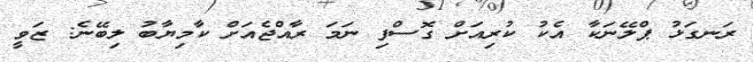
ރަނގަޅު ޕްލޭނަކާ އެކު ކުރިއަށް ގޮސްފި ނަމަ ރާއްޖެއަށް ކާމިޔާބު ލިބޭނެ: ޒަވީ